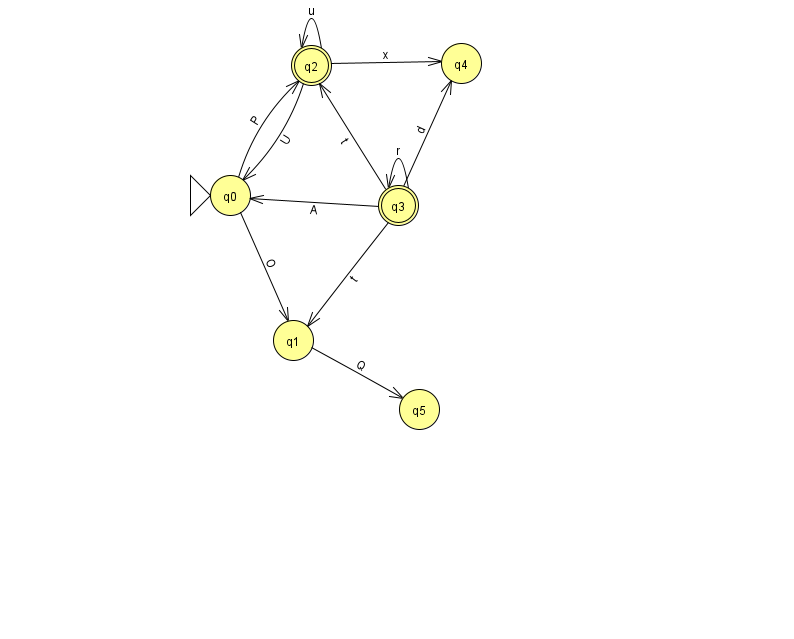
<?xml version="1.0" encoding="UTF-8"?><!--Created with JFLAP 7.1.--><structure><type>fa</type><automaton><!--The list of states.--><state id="0" name="q0"><x>230.0</x><y>182.0</y><initial/></state><state id="1" name="q1"><x>293.0</x><y>327.0</y></state><state id="2" name="q2"><x>311.0</x><y>52.0</y><final/></state><state id="3" name="q3"><x>398.0</x><y>192.0</y><final/></state><state id="4" name="q4"><x>461.0</x><y>50.0</y></state><state id="5" name="q5"><x>419.0</x><y>396.0</y></state><!--The list of transitions.--><transition><from>3</from><to>0</to><read>A</read></transition><transition><from>3</from><to>3</to><read>r</read></transition><transition><from>2</from><to>2</to><read>u</read></transition><transition><from>2</from><to>4</to><read>x</read></transition><transition><from>0</from><to>1</to><read>O</read></transition><transition><from>3</from><to>4</to><read>d</read></transition><transition><from>2</from><to>0</to><read>U</read></transition><transition><from>3</from><to>2</to><read>t</read></transition><transition><from>3</from><to>1</to><read>t</read></transition><transition><from>1</from><to>5</to><read>Q</read></transition><transition><from>0</from><to>2</to><read>P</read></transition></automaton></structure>